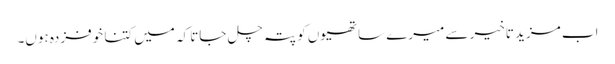
اب مزید تاخیر سے میرے ساتھیوں کو پتہ چل جاتا کہ میں کتنا خوفزدہ ہوں۔